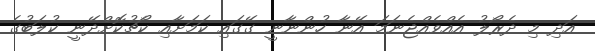
އަދި މި ދެރޯލު އެއްވެއްޖެނަމަ އޭނާ ހުންނާނީ ގޭގައި ކަމަށާއި ކޯޗުކޮށްދޭނީ ކުލަބުގެ